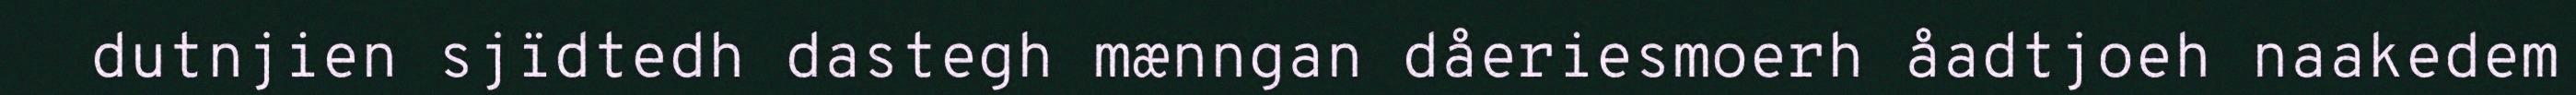
dutnjien sjïdtedh dastegh mænngan dåeriesmoerh åadtjoeh naakedem